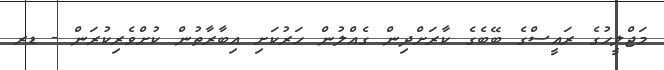
މަޖްލީހުގެ ރައީސްގެ ބޭބެގެ ކާރަށްދިން ގެއްލުން ހަރުކަށި އިބާރާތުން ކުށްވެރިކުރަން - ޑރ